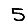
Digit: 5